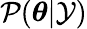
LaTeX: \mathcal{P}(\boldsymbol{\theta}|\mathcal{Y})